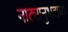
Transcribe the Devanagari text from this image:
नाट्यानुभवाचा